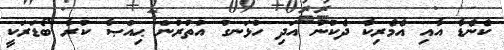
ކެނެޑާ އާއި އެމެރިކާ ދެކުނު އަދި ހުޅަނގު އުތުރުން ޙިއްޞާ ކުރާ ބޯޑަރަކީ